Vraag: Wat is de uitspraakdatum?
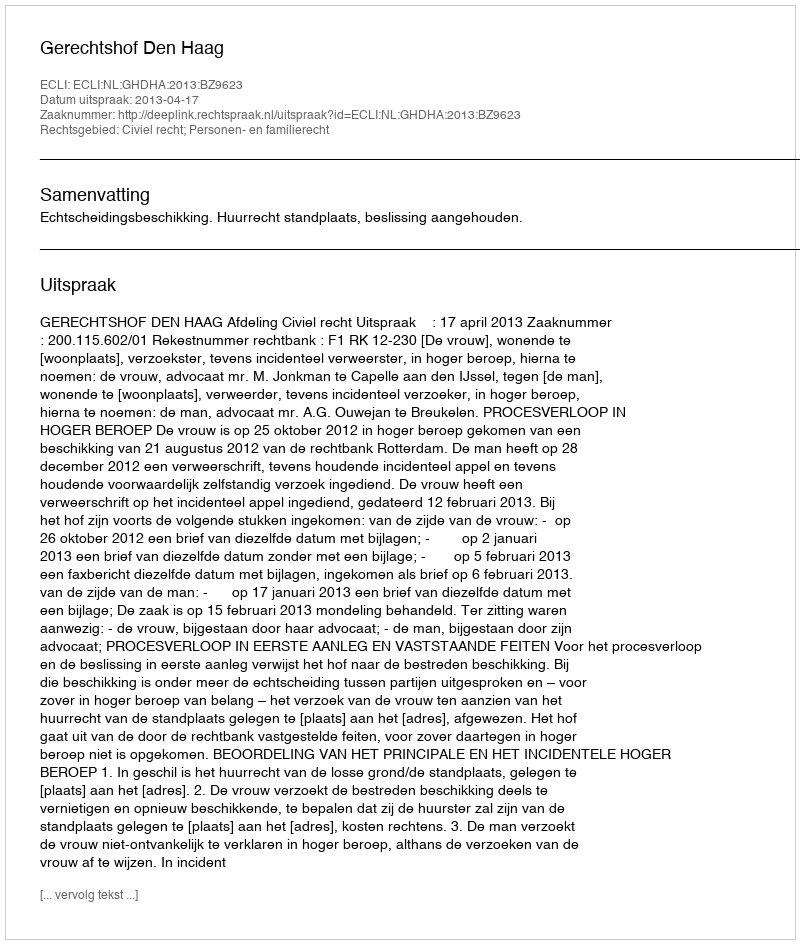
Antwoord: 2013-04-17